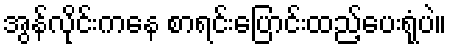
အွန်လိုင်းကနေ စာရင်းပြောင်းထည့်ပေးရုံပဲ။